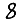
Digit: 8